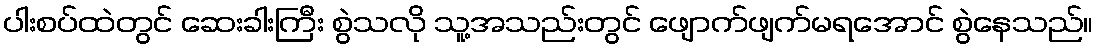
ပါးစပ်ထဲတွင် ဆေးခါးကြီး စွဲသလို သူ့အသည်းတွင် ဖျောက်ဖျက်မရအောင် စွဲနေသည်။